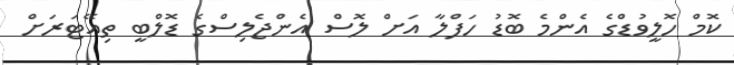
ކޮމް ހޮލީވުޑްގެ އެންމެ ބޮޑު ހަފްލާ އަށް ލޮސް އެންޖެލިސްގެ ޑޮލްބީ ތިއޭޓަރަށް